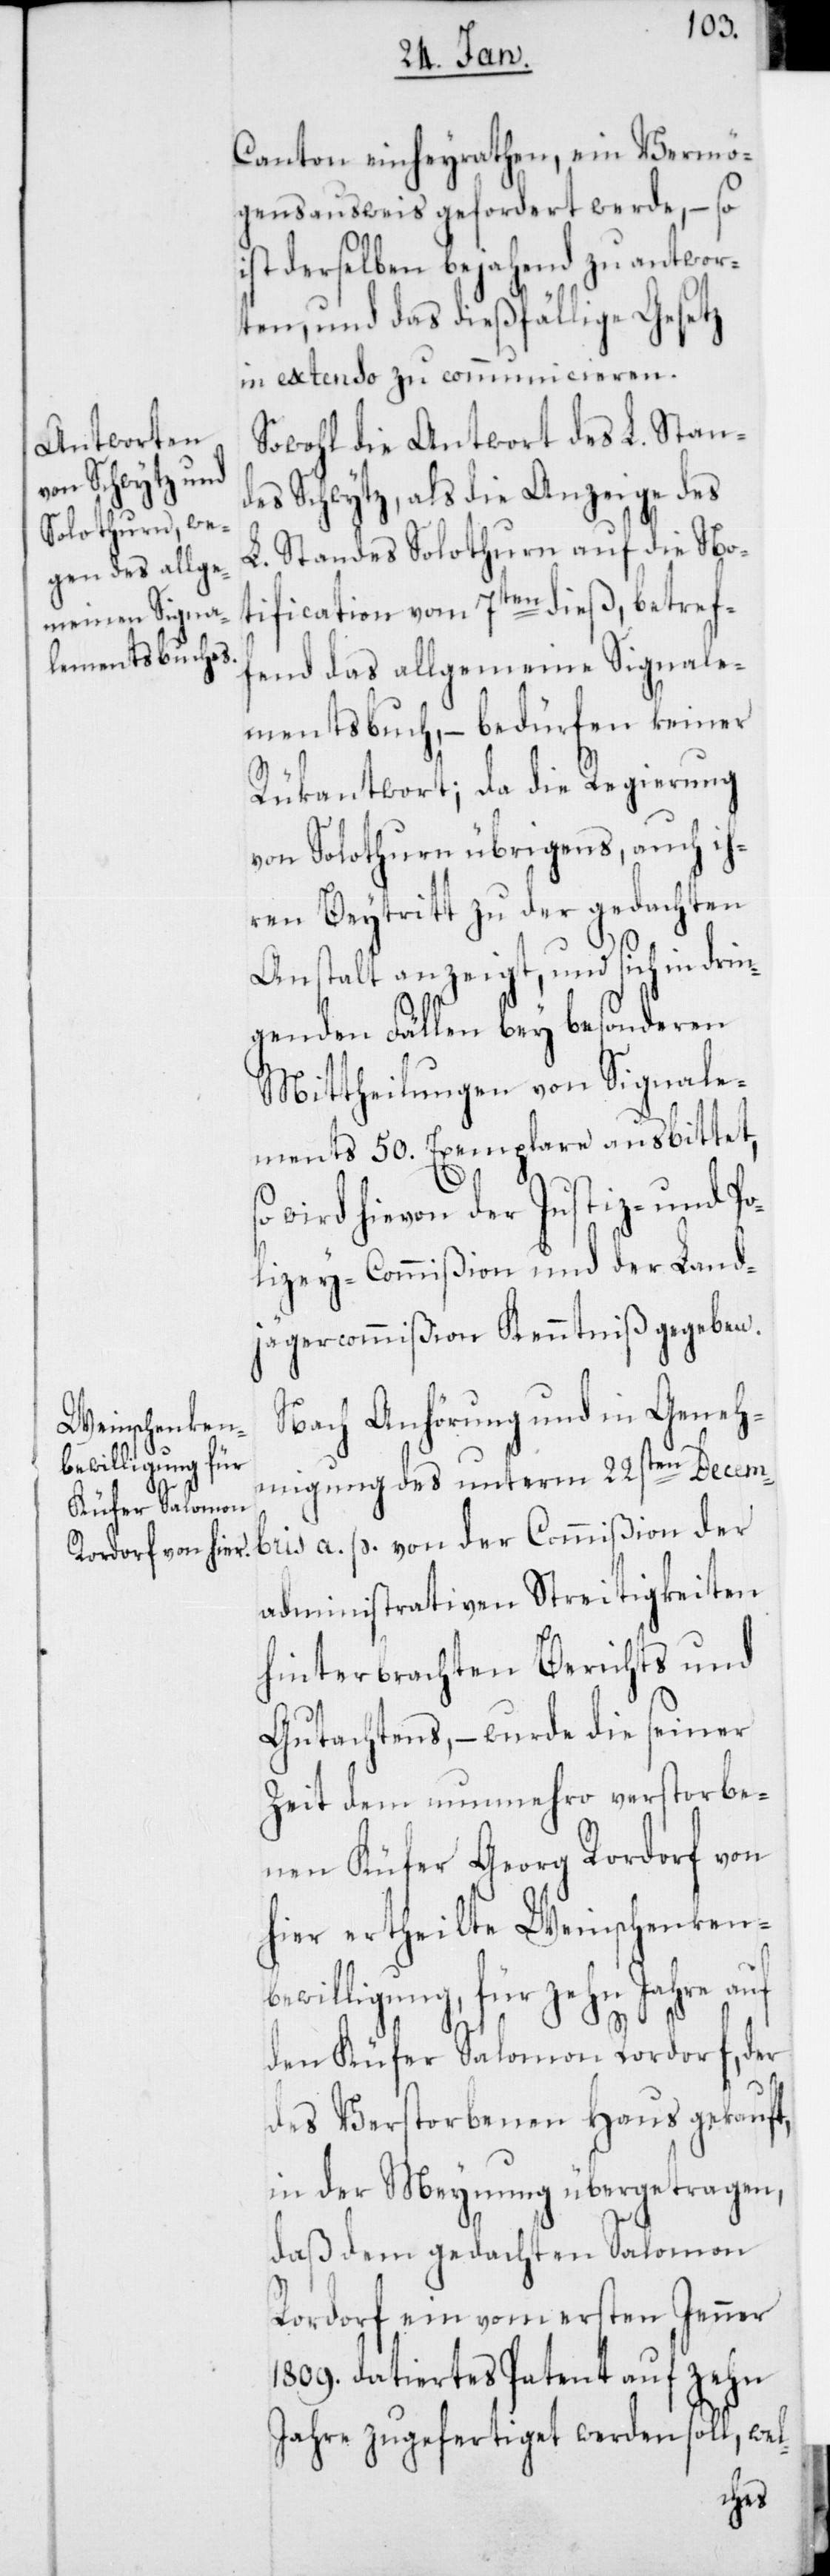
Canton einheyrathen, ein Vermö¬
gensausweis gefordert werde, – so
ist derselben bejahend zu antwor¬
ten, und das dießfällige Gesetz
in extenso zu communicieren.
Sowohl die Antwort des L. Stan¬
des Schwytz als die Anzeige des
L. Standes Solothurn auf die No¬
tification vom 7ten dieß, betref¬
fend das allgemeine Signale¬
mentsbuch, – bedürfen keiner
Rükantwort; da die Regierung
von Solothurn übrigens, auch ih¬
ren Beytritt zu der gedachten
Anstalt anzeigt, und sich in drin¬
genden Fällen bey besonderen
Mittheilungen von Signale¬
ments 50. Exemplare ausbittet,
wird hievon der Justiz- und Po¬
lizey-Commißion und der Land¬
jägercommißion Kenntniß gegeben.
Nach Anhörung und in Geneh¬
migung des unterm 22sten Decem¬
bris a. p. von der Commißion der
administrativen Streitigkeiten
hinterbrachten Berichts und
Gutachtens, – wurde die seiner
Zeit dem nunmehro verstorbe¬
nen Küfer Georg Rordorf von
hier ertheilte Weinschenken-B¬
ewilligung für zehn Jahre auf
den Küfer Salomon Rordorf, der
des Verstorbenen Haus gekauft,
in der Meynung übertragen,
daß dem gedachten Salomon
Rordorf ein vom ersten Jenner
1809. datiertes Patent auf zehn
Jahre zugefertiget werden soll, wel-